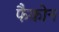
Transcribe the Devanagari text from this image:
फैकोन